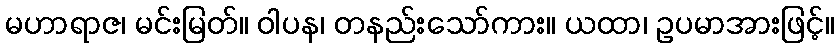
မဟာရာဇ၊ မင်းမြတ်။ ဝါပန၊ တနည်းသော်ကား။ ယထာ၊ ဥပမာအားဖြင့်။